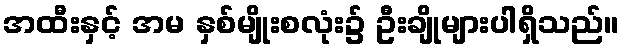
အထီးနှင့် အမ နှစ်မျိုးစလုံး၌ ဦးချိုများပါရှိသည်။